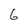
Character: G